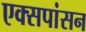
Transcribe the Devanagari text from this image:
एक्सपांसन